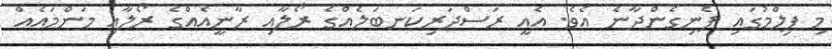
މި ފިލްމުގައި ފެނިގެންދާނެ އެވެ. އެއީ ރަސްދަރިކަނބަލެއްގެ ރޯލާއި ރާނީއެއްގެ ރޯލާއި މަންމައެއް